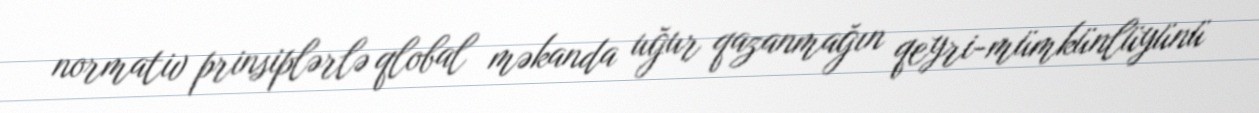
normativ prinsiplərlə qlobal məkanda uğur qazanmağın qeyri-mümkünlüyünü